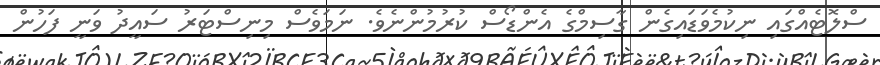
ސްލޮޓެއްގައި ނިކުމެވަޑައިގެން ގާސިމްގެ އެންޑޯސް ކުރުމުންނެވެ. ނަމަވެސް މިނިސްޓަރު ސައީދު ވަނީ ފަހުން